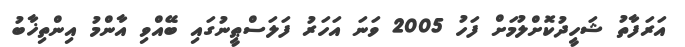
އަރަފާތު ޝަހީދުކޮށްލުމަށް ފަހު 2005 ވަނަ އަހަރު ފަލަސްޠީނުގައި ބޭއްވި އާންމު އިންތިޚާބު